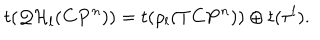
t ( { \cal Q H } _ { l } ( { \bf C P } ^ { n } ) ) = t ( \rho _ { l } ( T { \bf C P } ^ { n } ) ) \oplus t ( { \tau ^ { l } } ) .